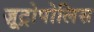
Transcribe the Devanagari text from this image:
ज़ूट्रोपोलिस